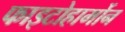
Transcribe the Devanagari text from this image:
फाइटोहार्मोन